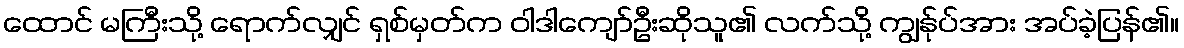
ထောင် မကြီးသို့ ရောက်လျှင် ရှစ်မှတ်က ဝါဒါကျော်ဦးဆိုသူ၏ လက်သို့ ကျွန်ုပ်အား အပ်ခဲ့ပြန်၏။